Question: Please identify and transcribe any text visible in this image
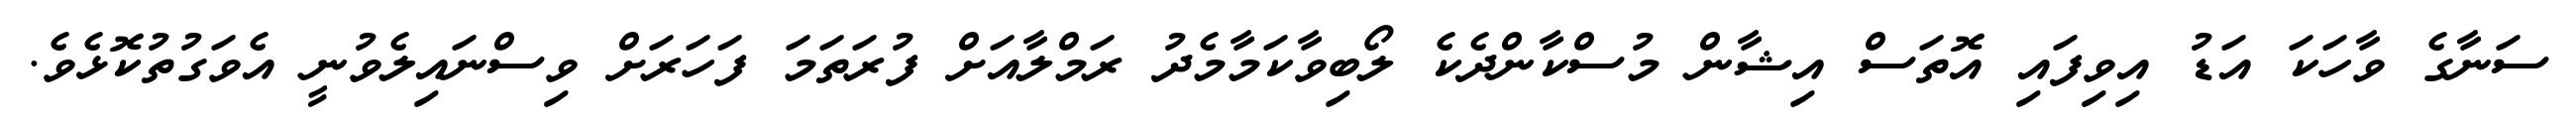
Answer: ސަނާގެ ވާހަކަ އަޑު އިވިފައި އޮތަސް އިޝާން މުސްކާންދެކެ ލޯބިވާކަމާމެދު ރަމްލާއަށް ފުރަތަމަ ފަހަރަށް ވިސްނައިލެވުނީ އެވަގުތުކޮޅެވެ.